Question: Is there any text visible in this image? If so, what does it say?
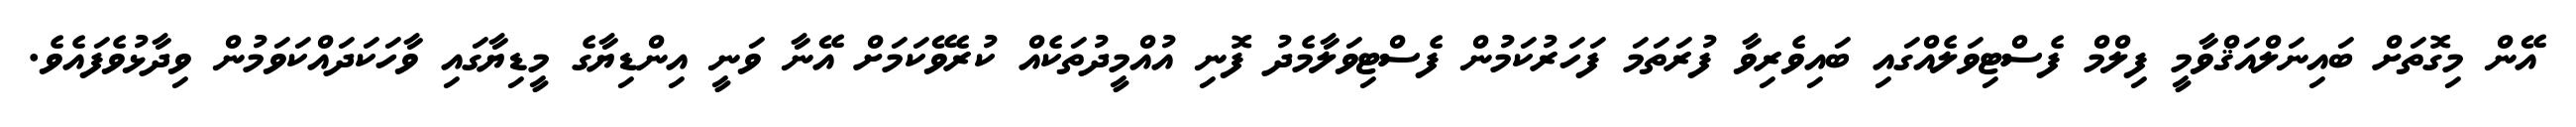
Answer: އޭން މިގޮތަށް ބައިނަލްއަޤްވާމީ ފިލްމް ފެސްޓިވަލެއްގައި ބައިވެރިވާ ފުރަތަމަ ފަހަރުކަމުން ފެސްޓިވަލާމެދު ފޮނި އުއްމީދުތަކެއް ކުރެވޭކަމަށް އޭނާ ވަނީ އިންޑިޔާގެ މީޑިޔާގައި ވާހަކަދައްކަވަމުން ވިދާޅުވެފައެވެ.